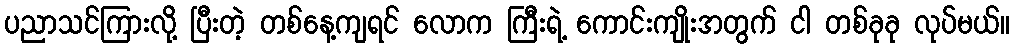
ပညာသင်ကြားလို့ ပြီးတဲ့ တစ်နေ့ကျရင် လောက ကြီးရဲ့ ကောင်းကျိုးအတွက် ငါ တစ်ခုခု လုပ်မယ်။